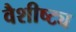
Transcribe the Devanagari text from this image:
वैशीष्ट्य